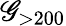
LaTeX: \mathscr{G}_{>200}